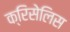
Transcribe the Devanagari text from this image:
क्रिसेलिस